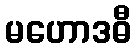
မဟောဒဓီ